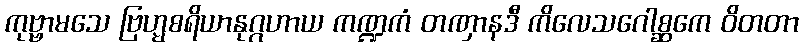
ကုဗ္ဗာမသေ ဗြဟ္မစရိယာနုဂ္ဂဟာယ ကဏ္ဍကံ တဏှာနဒီ ကိလေသဂေါစ္ဆကေ ဝိတတာ